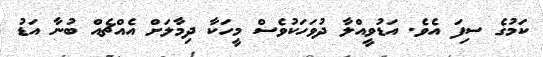
ކަމުގެ ސިފަ އެވެ. އަޑުވީއްލާ ދުވަހަކުވެސް މީހަކާ ދިމާލަށް އެއްޗެއް ބުނާ އަޑު